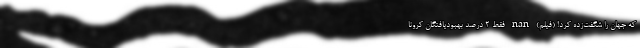
که جهان را شگفت‌زده کرد! (فیلم) nan فقط ۲ درصد بهبودیافتگان کرونا